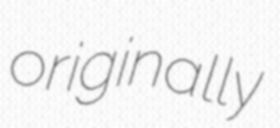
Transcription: originally